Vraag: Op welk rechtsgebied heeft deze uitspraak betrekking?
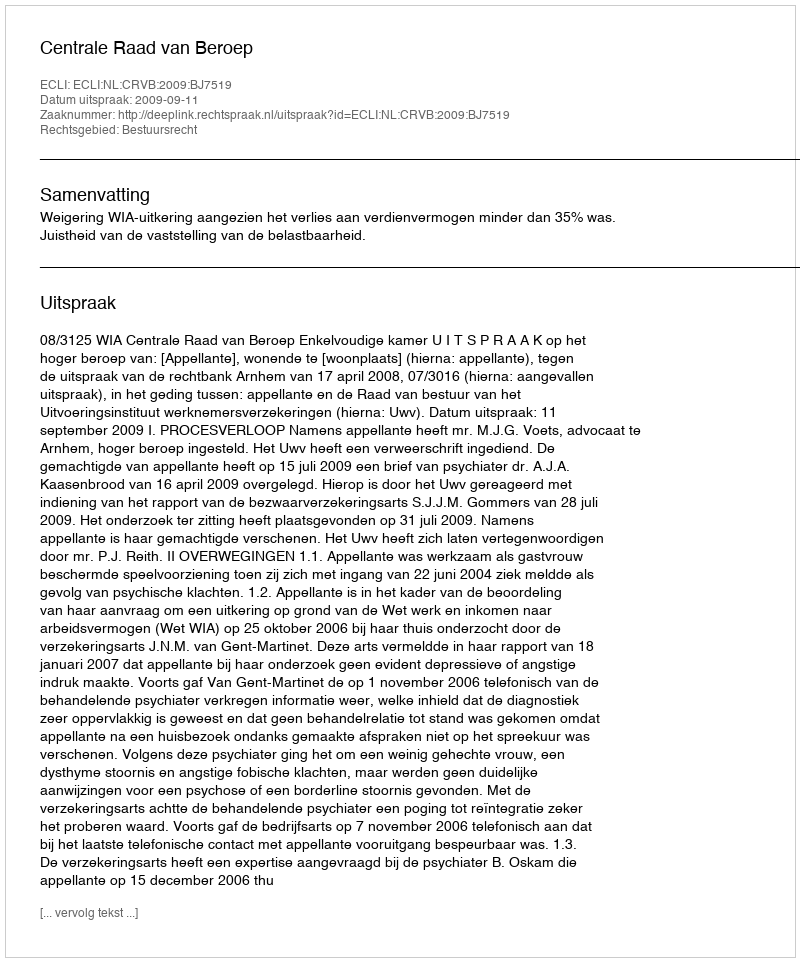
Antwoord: Bestuursrecht